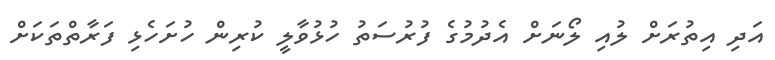
އަދި އިތުރަށް ލުއި ލޯނަށް އެދުމުގެ ފުރުސަތު ހުޅުވާލީ ކުރިން ހުށަހެޅި ފަރާތްތަކަށް